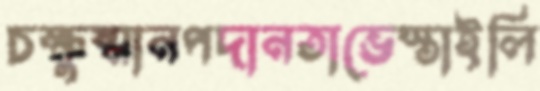
চক্ষুষ্মানপদানতাভেস্তাইলি